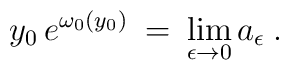
y_0 \, e^{\omega_0(y_0)} \> = \>  \lim_{\epsilon \to 0} a_{\epsilon} \> .